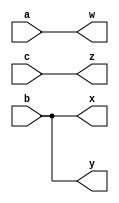
`timescale 1ns / 1ps
//////////////////////////////////////////////////////////////////////////////////
// Company: 
// Engineer: 
// 
// Design Name: 
// Module Name: Four_wires
// Project Name: 
// Target Devices: 
// Tool Versions: 
// Description: 
// 
// Dependencies: 
// 
// Revision:
// Revision 0.01 - File Created
// Additional Comments:
// 
//////////////////////////////////////////////////////////////////////////////////


module Four_wires(input a,b,c, output w,x,y,z);
assign w=a;
assign x=b;
assign y=b;
assign z=c;

endmodule